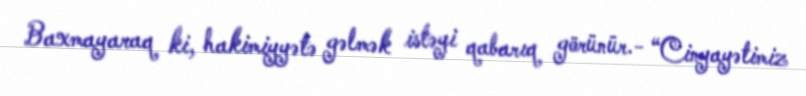
Baxmayaraq ki, hakimiyyətə gəlmək istəyi qabarıq görünür.- “Cinyayətimiz